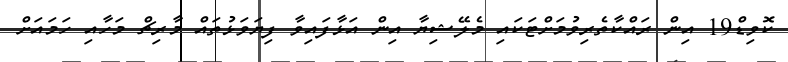
ކޮވިޑް19 އިން ރައްކާތެރިވުމަށްޓަކައި މެލޭޝިޔާ އިން އަޅާފައިވާ ފިޔަވަޅުތައް މާރިޗް މަހާއި ހަމައަށް